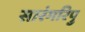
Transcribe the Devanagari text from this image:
सारंगरिपु